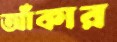
আঁকার